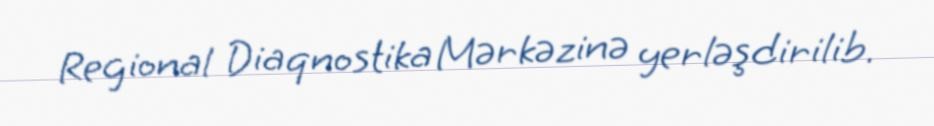
Regional Diaqnostika Mərkəzinə yerləşdirilib.